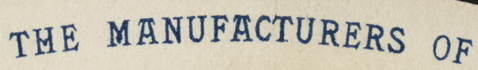
THE MANUFACTURERS OF